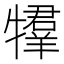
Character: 𤛰